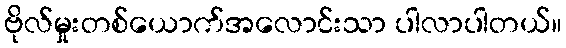
ဗိုလ်မှုးတစ်ယောက်အလောင်းသာ ပါလာပါတယ်။